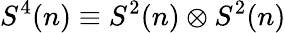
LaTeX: S^{4}(n)\equiv S^{2}(n)\otimes S^{2}(n)